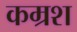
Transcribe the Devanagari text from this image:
कम्रश